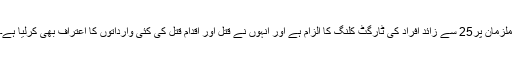
ملزمان پر25 سے زائد افراد کی ٹارگٹ کلنگ کا الزام ہے اور انہوں نے قتل اور اقدام قتل کی کئی وارداتوں کا اعتراف بھی کرلیا ہے۔